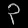
Digit: ၃